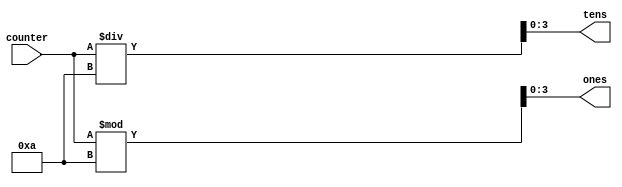
module divide (
  input [6:0] counter,
  output [3:0] tens,
  output [3:0] ones
);

  assign ones = counter % 10;
  assign tens = counter / 10;

endmodule